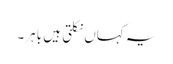
یہ کہاں نکلتی ہیں باہر۔